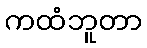
ကထံဘူတာ